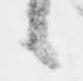
候